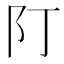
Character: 䦺